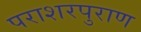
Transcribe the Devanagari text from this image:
पराशरपुराण